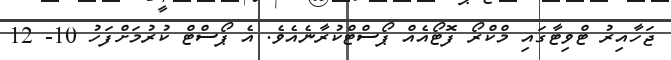
ޖަހާއިރު ޓްވިޓާގައި މްކްރޯ ފޮޓޯއެއް ޕޯސްޓްކުރާނެއެވެ. އެ ޕޯސްޓް ކުރުމަށްފަހު 10- 12